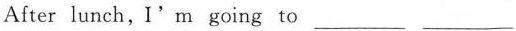
After lunch,I'm going to ___ ___